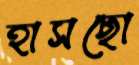
হাসছো